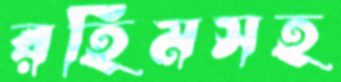
রহিমসহ